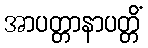
အာပတ္တာနာပတ္တိံ